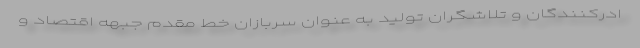
ادرکنندگان و تلاشگران تولید به عنوان سربازان خط مقدم جبهه اقتصاد و